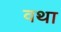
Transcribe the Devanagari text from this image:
वथा